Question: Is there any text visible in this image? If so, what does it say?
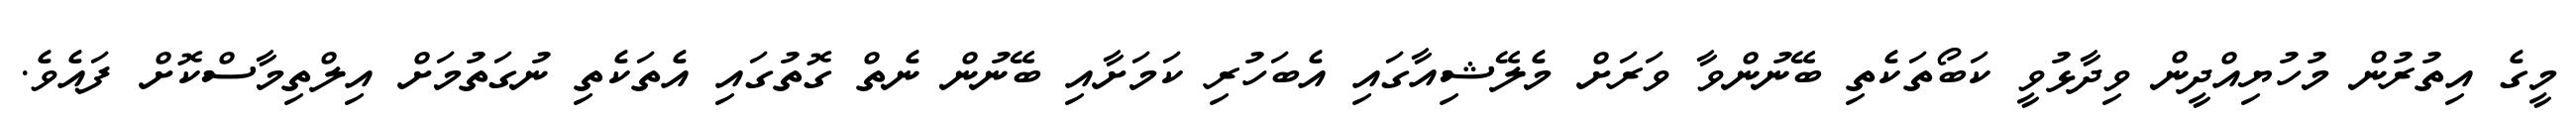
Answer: މީގެ އިތުރުން މުހުޔިއްދީން ވިދާޅުވީ ކަބޯތަކެތި ބޭނުންވާ ވަރަށް މެލޭޝިއާގައި އެބަހުރި ކަމަށާއި ބޭނުން ނެތް ގޮތުގައި އެތަކެތި ނުގަތުމަށް އިލްތިމާސްކޮށް ފައެވެ.